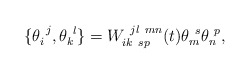
\begin{align*}\{\theta _{i}^{~j},\theta _{k}^{~l}\}=W_{ik~sp}^{~jl~mn}(t)\theta _{m}^{~s}\theta _{n}^{~p},\end{align*}